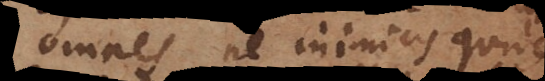
omnes, ne inimicis quidem